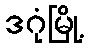
ဒဂုံမြို့